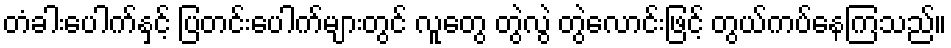
တံခါးပေါက်နှင့် ပြတင်းပေါက်များတွင် လူတွေ တွဲလွဲ တွဲလောင်းဖြင့် တွယ်ကပ်နေကြသည်။